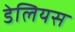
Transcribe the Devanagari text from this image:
डेलियस